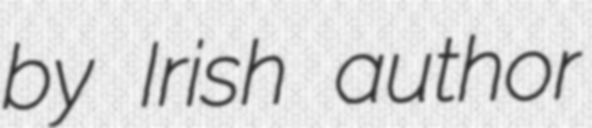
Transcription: by Irish author